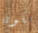
بكون